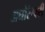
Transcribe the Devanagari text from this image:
अघोरेश्वरी